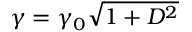
\gamma = \gamma _ { 0 } \sqrt { 1 + D ^ { 2 } }